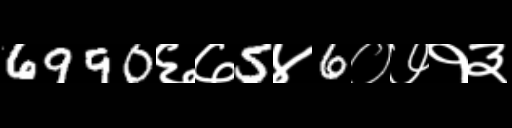
Text: 6990६७5४6०७१३